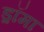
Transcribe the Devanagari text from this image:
ड्रॉमा